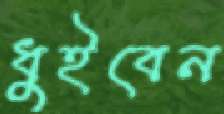
ধুইবেন